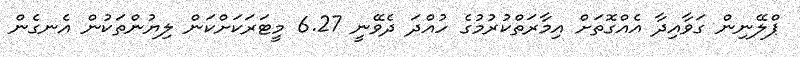
ޕްލޭނިން ގަވާއިދާ އެއްގޮތަށް އިމާރަތްކުރުމުގެ ހުއްދަ ދެވޭނީ 6.27 މީޓަރަކަށްކަން ލިޔުންތަކުން އެނގެން